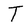
Character: T